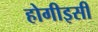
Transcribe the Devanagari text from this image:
होगीइसी